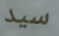
سيد